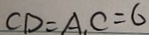
C D = A _ { 1 } C = 6